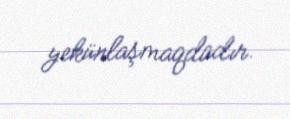
yekünlaşmaqdadır.